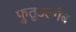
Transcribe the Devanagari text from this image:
फुतुउल्गैब